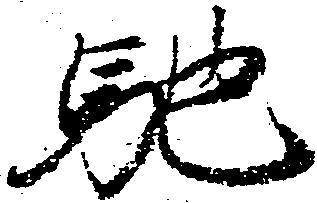
馳